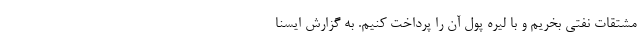
مشتقات نفتی بخریم و با لیره پول آن را پرداخت کنیم. به گزارش ایسنا